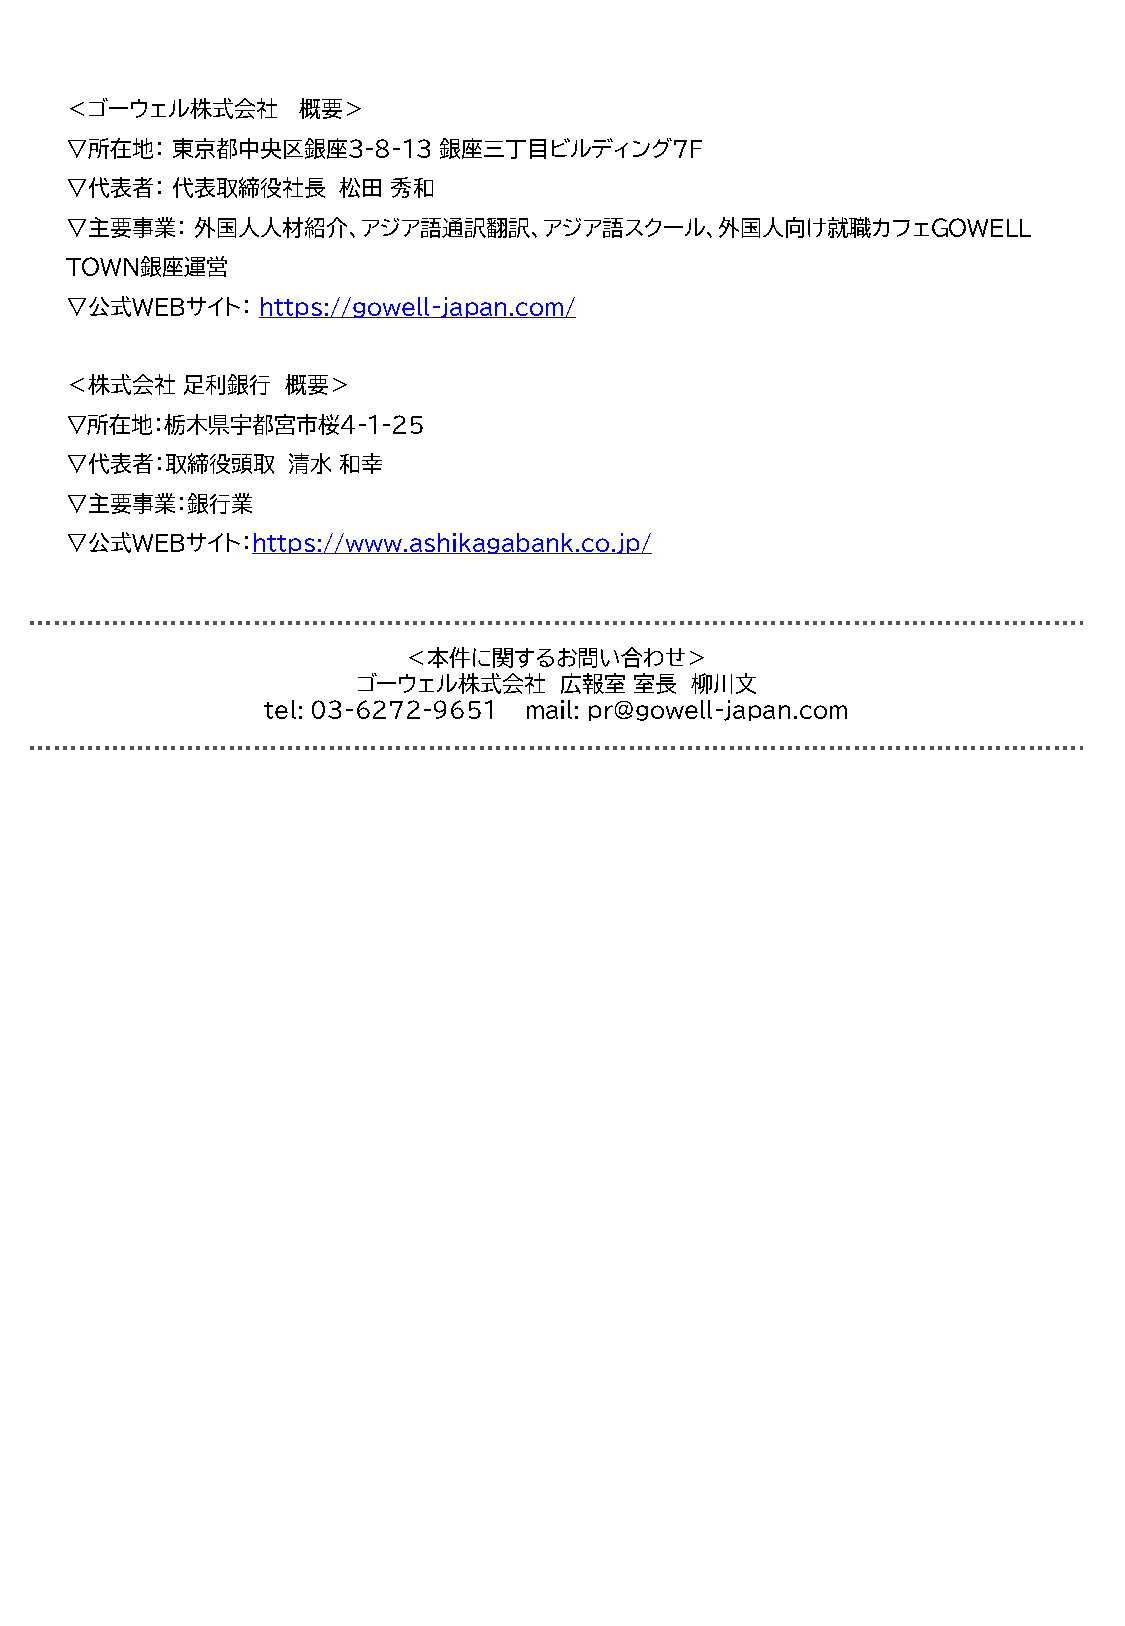
＜ゴーウェル株式会社      概要＞
 ▽所在地：  東京都中央区銀座3-8-13    銀座三丁目ビルディング7F
 ▽代表者：  代表取締役社長    松田  秀和
 ▽主要事業：   外国人人材紹介、アジア語通訳翻訳、アジア語スクール、外国人向け就職カフェGOWELL
 TOWN銀座運営
 ▽公式WEBサイト：   https://gowell-japan.com/
 ＜株式会社   足利銀行   概要＞
 ▽所在地：栃木県宇都宮市桜4-1-25
 ▽代表者：取締役頭取     清水 和幸
 ▽主要事業：銀行業
 ▽公式WEBサイト：https://www.ashikagabank.co.jp/
 ＜本件に関するお問い合わせ＞
 ゴーウェル株式会社    広報室  室長  柳川文
 tel: 03-6272-9651 mail: pr@gowell-japan.com